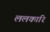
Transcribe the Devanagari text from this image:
ललकारि